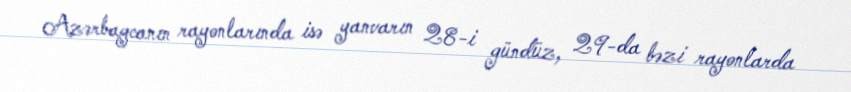
Azərbaycanın rayonlarında isə yanvarın 28-i gündüz, 29-da bəzi rayonlarda